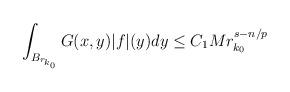
LaTeX: \begin{align*}\begin{aligned}\int_{ B_{r_{k_0}}} G(x,y)|f|(y) dy\leq C_1Mr_{k_0}^{s-n/p}\end{aligned}\end{align*}